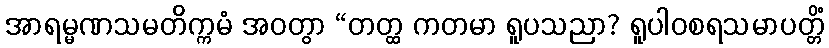
အာရမ္မဏသမတိက္ကမံ အဝတွာ “တတ္ထ ကတမာ ရူပသညာ? ရူပါဝစရသမာပတ္တိံ